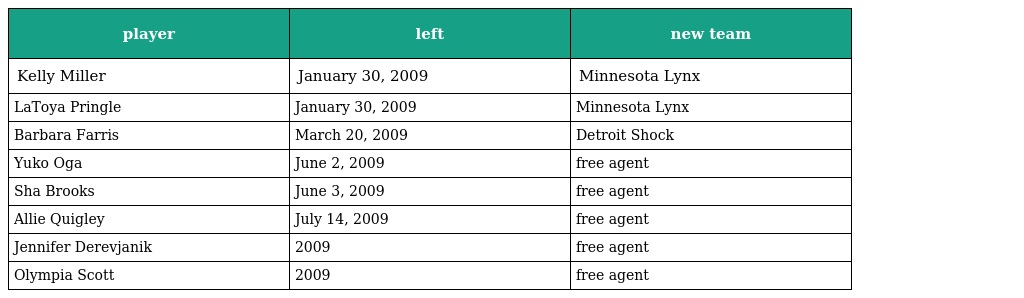
| player | left | new team |
 | --- | --- | --- |
 | Kelly Miller | January 30, 2009 | Minnesota Lynx |
 | LaToya Pringle | January 30, 2009 | Minnesota Lynx |
 | Barbara Farris | March 20, 2009 | Detroit Shock |
 | Yuko Oga | June 2, 2009 | free agent |
 | Sha Brooks | June 3, 2009 | free agent |
 | Allie Quigley | July 14, 2009 | free agent |
 | Jennifer Derevjanik | 2009 | free agent |
 | Olympia Scott | 2009 | free agent |